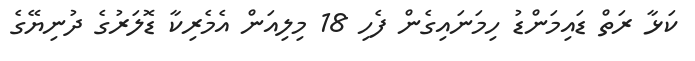
ކަޅާ ރަތް ޑައިމަންޑު ހިމަނައިގެން ފެހި 18 މިލިއަން އެމެރިކާ ޑޮލަރުގެ ދުނިޔޭގެ